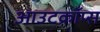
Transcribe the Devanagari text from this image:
आउटक्रॉप्स